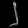
Digit: ၂